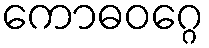
ကောဓဝဂ္ဂေ